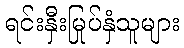
ရင်းနှီးမြုပ်နှံသူများ